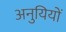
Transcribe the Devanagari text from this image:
अनुयियों